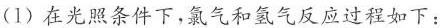
(1)在光照条件下，氯气和氢气反应过程如下：